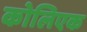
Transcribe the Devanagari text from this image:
कोलिएक